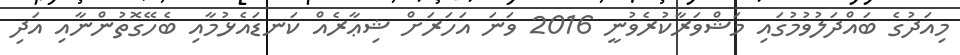
މިއަދުގެ ބައްދަލުވުމުގައި މަޝްވަރާކުރެވުނީ 2016 ވަނަ އަހަރަށް ޝިޢާރެއް ކަނޑައެޅުމާއި ބެހޭގޮތުންނާއި އަދި